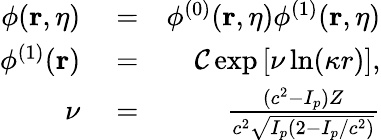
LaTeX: \begin{array}{rlr}{\phi(\mathbf{r},\eta)}&{{}=}&{\phi^{(0)}(\mathbf{r},\eta)\phi^{(1)}(\mathbf{r},\eta)}\\ {\phi^{(1)}(\mathbf{r})}&{{}=}&{{\cal C}\exp\left[\nu\ln(\kappa r)\right],}\\ {\nu}&{{}=}&{\frac{(c^{2}-I_{p})Z}{c^{2}\sqrt{I_{p}(2-I_{p}/c^{2})}}}\end{array}